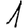
Digit: 1